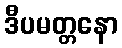
ဒီပမတ္တနော